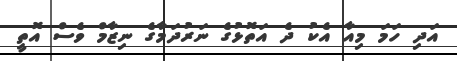
އަދި ހަމަ މިއާ އެކު ދެ އަތޮޅުގެ ނަރުދަމާގެ ނިޒާމް ވެސް އޮތީ